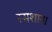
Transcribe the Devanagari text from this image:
स्मशाना